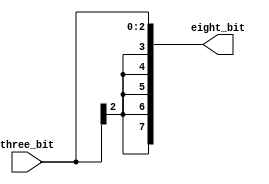
`timescale 1ns / 1ps

module sign_extend_shamt(
    input [2:0] three_bit,
    output [7:0] eight_bit
    );

assign eight_bit={
three_bit[2],
three_bit[2],
three_bit[2],
three_bit[2],
three_bit[2],
three_bit};

endmodule